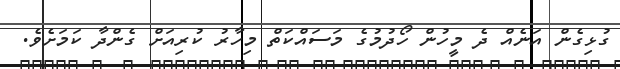
ގުޅިގެން އަނެއް ދެ މީހުން ހޯދުމުގެ މަސައްކަތް މިހާރު ކުރިއަށް ގެންދާ ކަމަށެވެ.